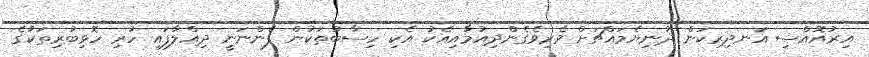
އިރުއޮއްސި އަނދިރިކަން ދުނިޔެމައްޗަށް ވެރިވެގެންދިއުމާއިއެކު އެކި ހިސާބުތަކުން ފެންނަނީ ދިއްލާފައި ހުރި ހޮޅިބުރިތަކުގެ